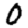
Digit: 0